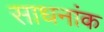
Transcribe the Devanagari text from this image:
साधनांक